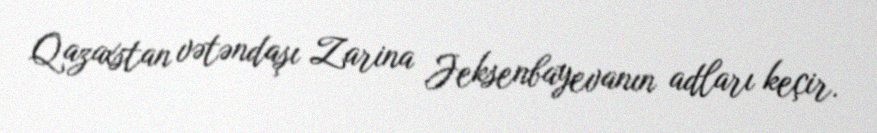
Qazaxstan vətəndaşı Zarina Jeksenbayevanın adları keçir.